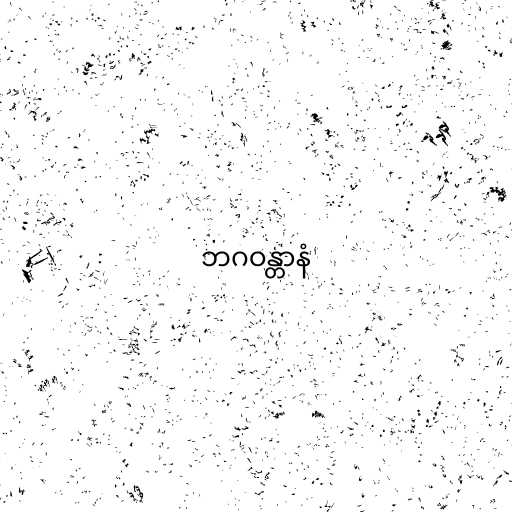
ဘဂဝန္တာနံ